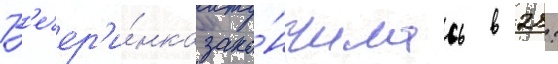
В'ечер'и́нка зако́нчилась в 21: